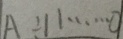
A \div 1 1 \cdots 0